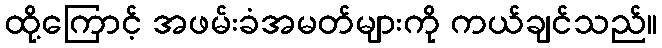
ထို့ကြောင့် အဖမ်းခံအမတ်များကို ကယ်ချင်သည်။